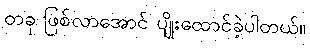
တခု ဖြစ်လာအောင် ပျိုးထောင်ခဲ့ပါတယ်။